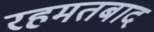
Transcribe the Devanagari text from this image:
रहमतबाद